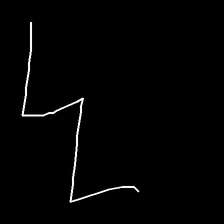
Glyph: crush